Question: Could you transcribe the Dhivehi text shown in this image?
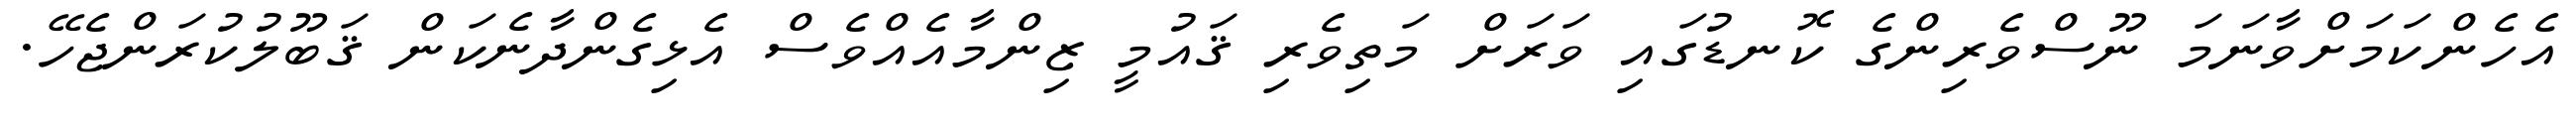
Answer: އެހެންކަމަށްވާނަމަ ނޫސްވެރިންގެ ކޮނޑުގައި ވަރަށް މަތިވެރި ޤައުމީ ޒިންމާއެއްވެސް އެޅިގެންދާނެކަން ޤަބޫލުކުރަންޖެހޭ.